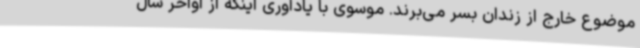
موضوع خارج از زندان بسر می‌برند. موسوی با یادآوری اینکه از اواخر سال